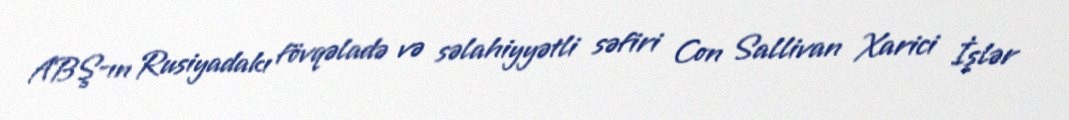
ABŞ-ın Rusiyadakı fövqəladə və səlahiyyətli səfiri Con Sallivan Xarici İşlər